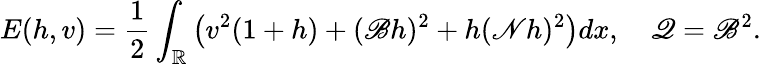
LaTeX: E(h,v)=\frac{1}{2}\int_{\mathbb R}\left(v^{2}(1+h)+(\mathscr{B}h)^{2}+h(\mathscr{N}h)^{2}\right)dx,\quad\mathscr{Q}=\mathscr{B}^{2}.